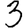
Digit: 3